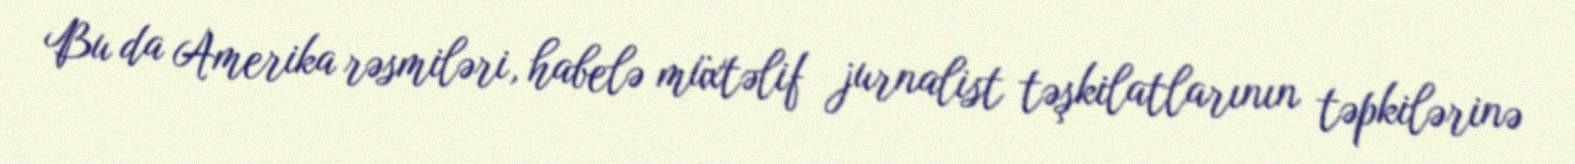
Bu da Amerika rəsmiləri, habelə müxtəlif jurnalist təşkilatlarının təpkilərinə